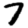
Digit: 7